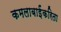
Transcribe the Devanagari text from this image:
कमलाबाईंकरिता